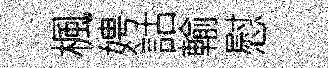
楓娉詁輸慰